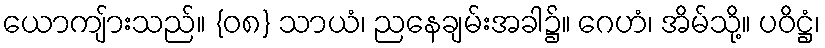
ယောကျ်ားသည်။ {၀၈} သာယံ၊ ညနေချမ်းအခါ၌။ ဂေဟံ၊ အိမ်သို့။ ပဝိဋ္ဌံ၊